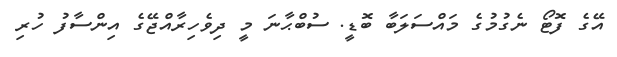
އޭގެ ފޮޓޯ ނެގުމުގެ މައްސަލަބާ ބޮޑީ. ސުބްޙާނަ މީ ދިވެހިރާއްޖޭގެ އިންސާފު ހުރި